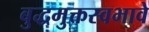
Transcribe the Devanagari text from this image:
बुद्धमुक्तस्वभावे